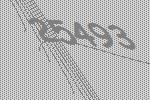
25493